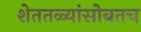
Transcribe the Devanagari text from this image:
शेततळ्यांसोबतच